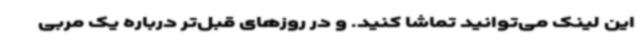
این لینک می‌توانید تماشا کنید. و در روزهای قبل‌تر درباره یک مربی